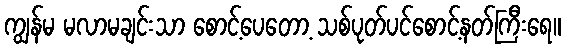
ကျွန်မ မလာမချင်းသာ စောင့်ပေတော့ သစ်ပုတ်ပင်စောင့်နတ်ကြီးရေ။